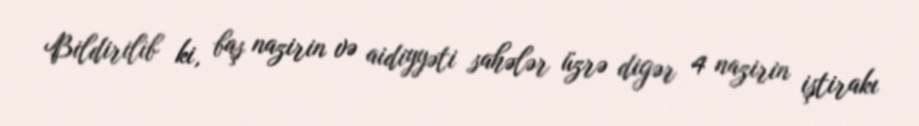
Bildirilib ki, baş nazirin və aidiyyəti sahələr üzrə digər 4 nazirin iştirakı